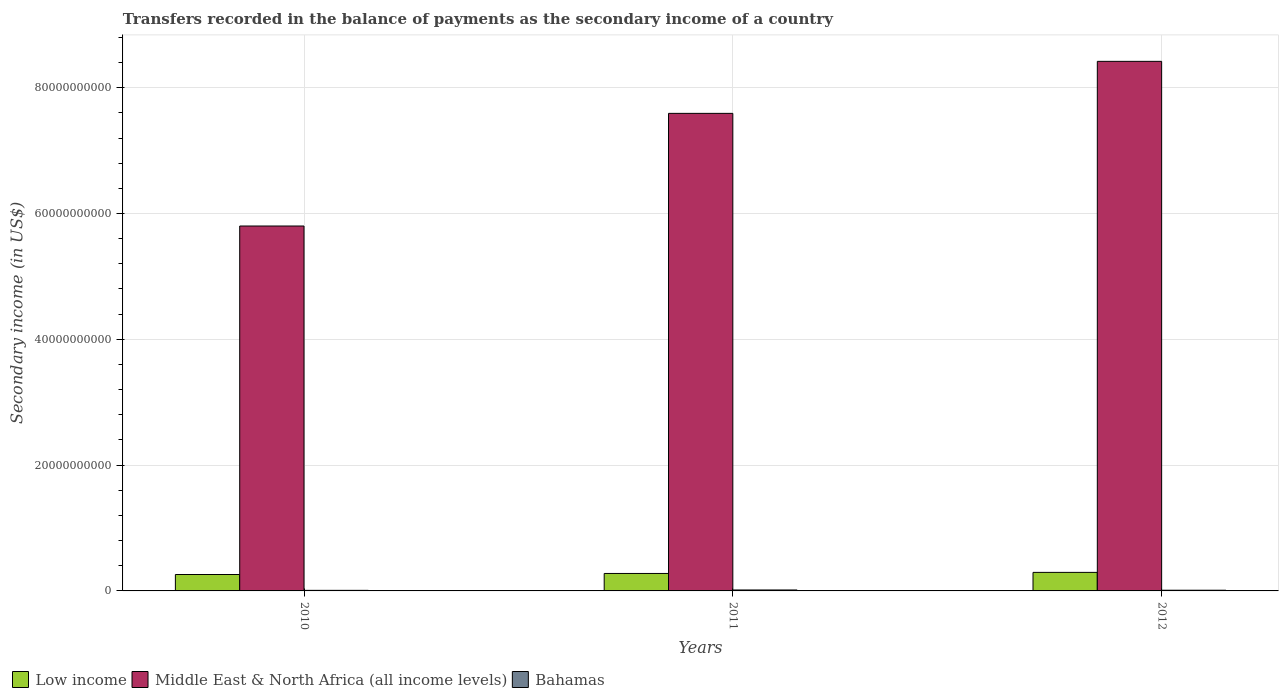
| Years | Low income | Middle East & North Africa (all income levels) | Bahamas |
 | --- | --- | --- | --- |
 | 2010 | 2.61e+09 | 5.8e+10 | 9.12e+07 |
 | 2011 | 2.78e+09 | 7.59e+10 | 1.5e+08 |
 | 2012 | 2.95e+09 | 8.42e+10 | 1.11e+08 |